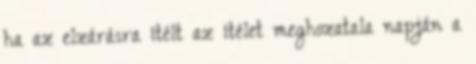
ha az elzárásra ítélt az ítélet meghozatala napján a